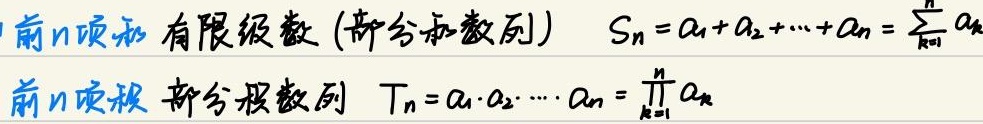
前\(n\)项和（有限级数，部分和数列）：\(S_{n}=a_{1}+a_{2}+\cdots +a_{n}=\sum_{k = 1}^{n}a_{k}\)。

前\(n\)项积（部分积数列）：\(T_{n}=a_{1}\cdot a_{2}\cdots\cdot a_{n}=\prod_{k = 1}^{n}a_{k}\)。